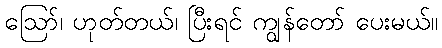
ဪ၊ ဟုတ်တယ်၊ ပြီးရင် ကျွန်တော် ပေးမယ်။